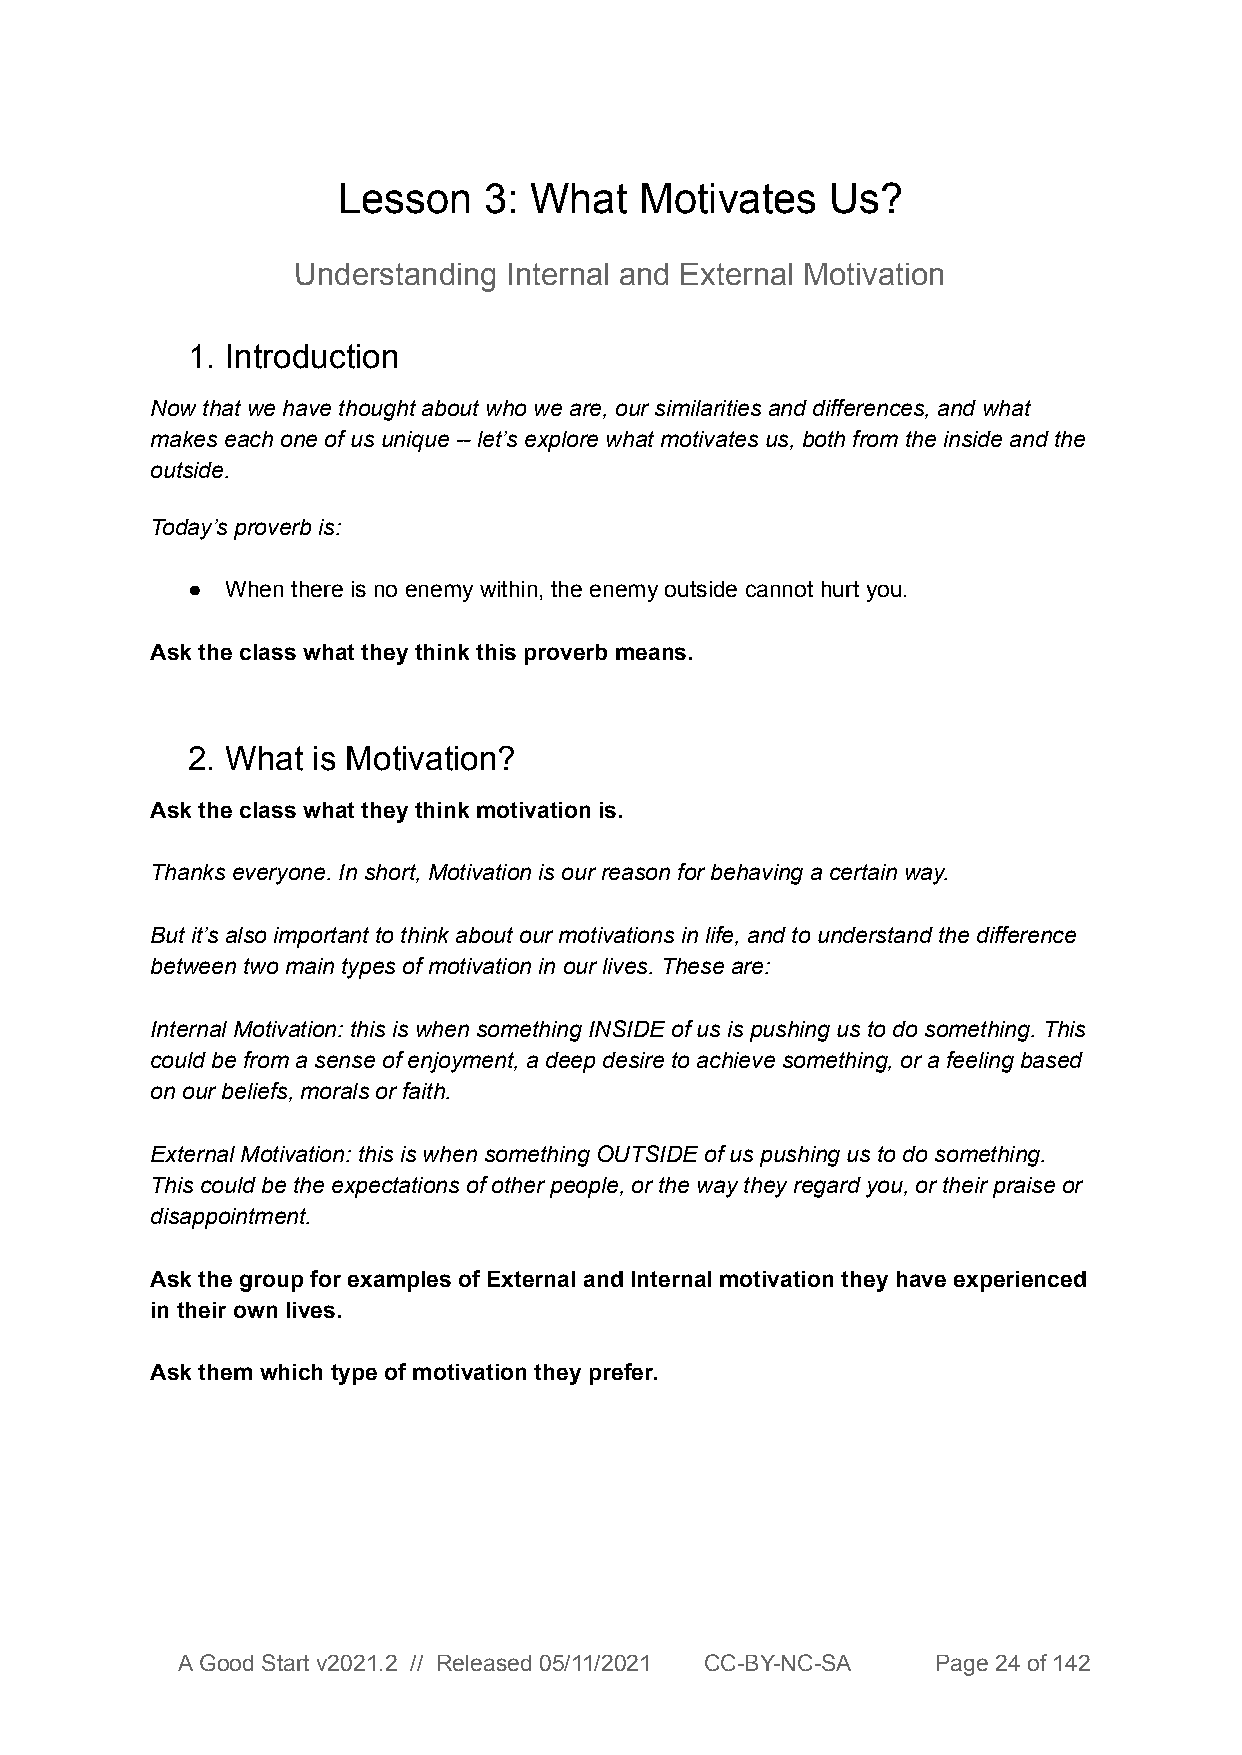
Lesson    3: What   Motivates    Us?
 Understanding  Internal and External Motivation
 1. Introduction
 Now that we have thought about who we are, our similarities and differences, and what
 makes each one of us unique -- let’s explore what motivates us, both from the inside and the
 outside.
 Today’s proverb is:
 ●  When there is no enemy within, the enemy outside cannot hurt you.
 Ask the class what they think this proverb means.
 2. What  is Motivation?
 Ask the class what they think motivation is.
 Thanks everyone. In short, Motivation is our reason for behaving a certain way.
 But it’s also important to think about our motivations in life, and to understand the difference
 between two main types of motivation in our lives. These are:
 Internal Motivation: this is when something INSIDE of us is pushing us to do something. This
 could be from a sense of enjoyment, a deep desire to achieve something, or a feeling based
 on our beliefs, morals or faith.
 External Motivation: this is when something OUTSIDE of us pushing us to do something.
 This could be the expectations of other people, or the way they regard you, or their praise or
 disappointment.
 Ask the group for examples of External and Internal motivation they have experienced
 in their own lives.
 Ask them which type of motivation they prefer.
 A Good Start v2021.2 // Released 05/11/2021 CC-BY-NC-SA Page 24 of 142